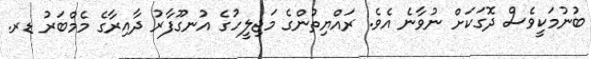
ބުނުމަކީވެސް ދޮގަކަށް ނުވާނެ އެވެ. ރައްޔިތުންގެ މަޖިލީހުގެ އުނގޫފާރު ދާއިރާގެ މެމްބަރު ޑރ.